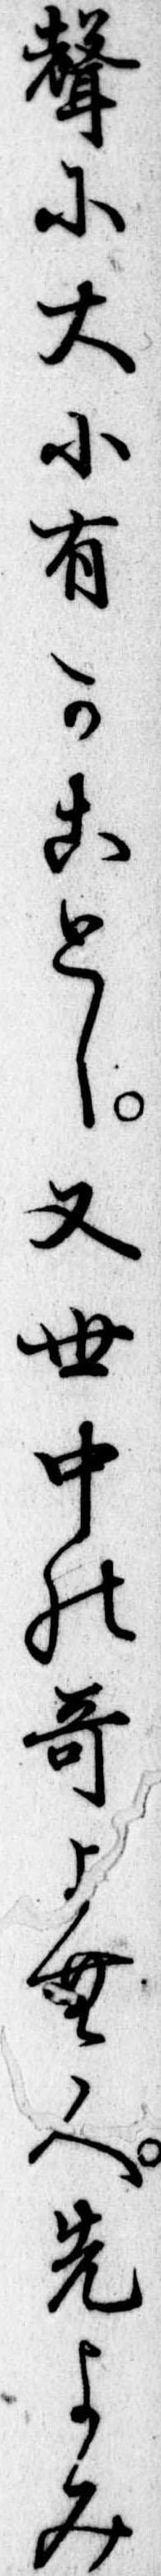
声に大小有かことし又世中の歌よむ人先よみ